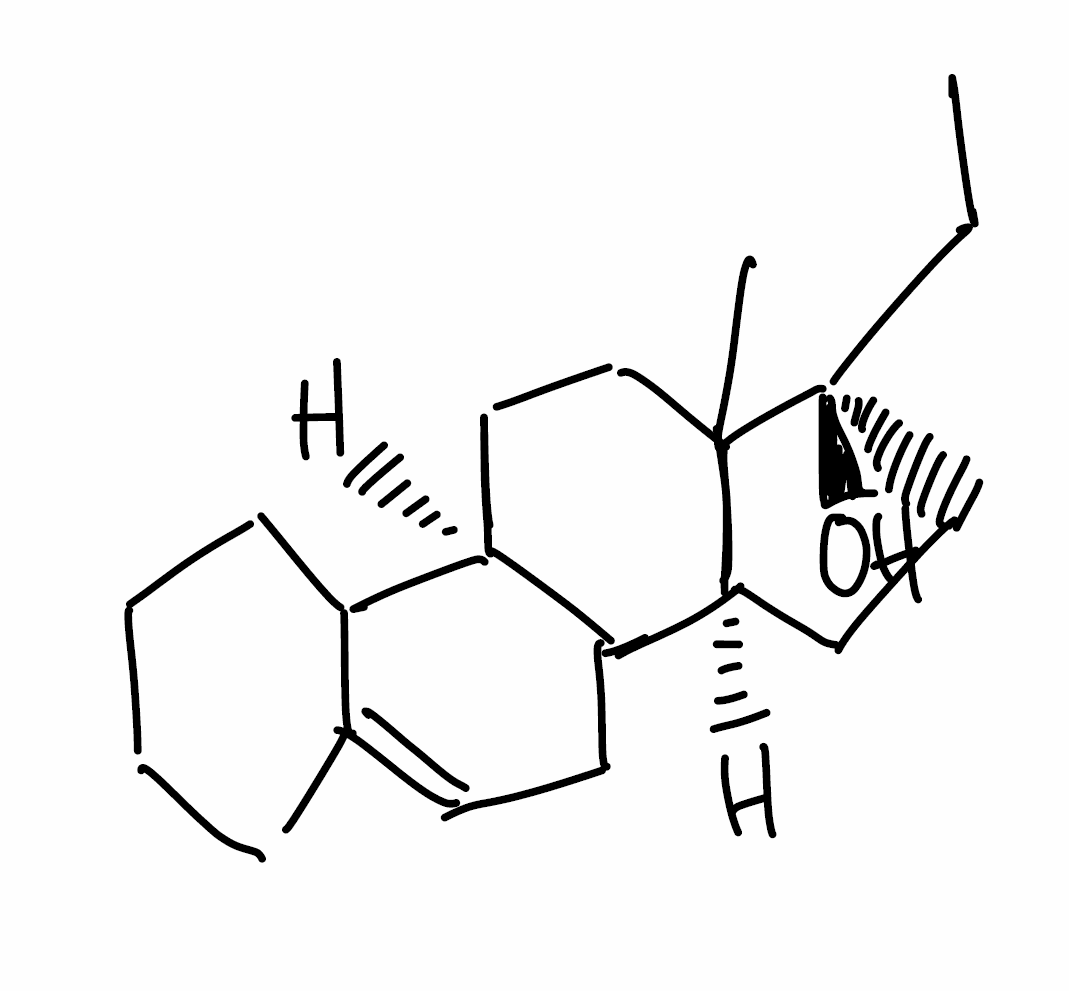
Simplified molecular-input line-entry system (SMILES) notation of the given molecule:
CC[C@@]1(CC[C@@H]2C1(CC[C@H]3C2CC=C4C3CCCC4)C)O